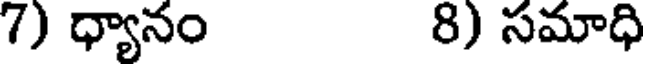
7) ధ్యానం 8) సమాధి